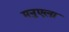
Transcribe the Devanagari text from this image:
मनुएला